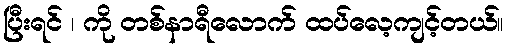
ပြီးရင် ၊ ကို တစ်နာရီလောက် ထပ်လေ့ကျင့်တယ်။